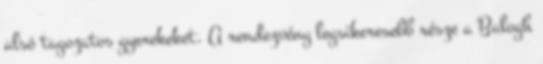
alsó tagozatos gyerekeket. A rendezvény legsikeresebb része a Balogh